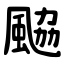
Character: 䬅